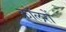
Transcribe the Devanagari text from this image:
क्रॉलरों